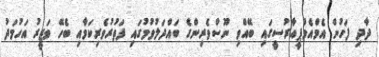
ދާދި ފަހުން އެމްއެމްޕީއާރުސީގައި ބޭއްވި ނޫސްވެރިންގެ ބައްދަލުވުމުގައި ފަތުރުވެރިކަމާއި ބެހޭ ވަޒީރު އަހުމަދު